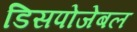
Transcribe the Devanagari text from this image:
डिसपोजेबल